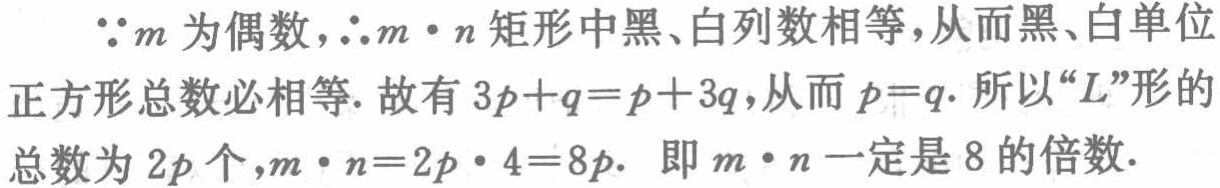
$\because m$为偶数，$\therefore m\cdot n$矩形中黑、白列数相等，从而黑、白单位正方形总数必相等. 故有$3p + q = p + 3q$，从而$p = q$. 所以“$L$”形的总数为$2p$个，$m\cdot n=2p\cdot4 = 8p$. 即$m\cdot n$一定是$8$的倍数.